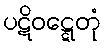
ပဋိဝဋ္ဋေတုံ